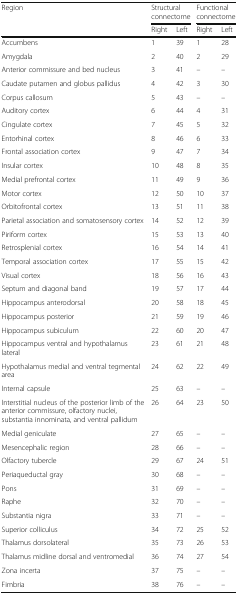
<table><thead><tr><td rowspan="2"><b>Region</b></td><td colspan="2"><b>Structural connectome</b></td><td colspan="2"><b>Functional connectome</b></td></tr><tr><td><b>Right</b></td><td><b>Left</b></td><td><b>Right</b></td><td><b>Left</b></td></tr></thead><tbody><tr><td>Accumbens</td><td>1</td><td>39</td><td>1</td><td>28</td></tr><tr><td>Amygdala</td><td>2</td><td>40</td><td>2</td><td>29</td></tr><tr><td>Anterior commissure and bed nucleus</td><td>3</td><td>41</td><td>–</td><td>–</td></tr><tr><td>Caudate putamen and globus pallidus</td><td>4</td><td>42</td><td>3</td><td>30</td></tr><tr><td>Corpus callosum</td><td>5</td><td>43</td><td>–</td><td>–</td></tr><tr><td>Auditory cortex</td><td>6</td><td>44</td><td>4</td><td>31</td></tr><tr><td>Cingulate cortex</td><td>7</td><td>45</td><td>5</td><td>32</td></tr><tr><td>Entorhinal cortex</td><td>8</td><td>46</td><td>6</td><td>33</td></tr><tr><td>Frontal association cortex</td><td>9</td><td>47</td><td>7</td><td>34</td></tr><tr><td>Insular cortex</td><td>10</td><td>48</td><td>8</td><td>35</td></tr><tr><td>Medial prefrontal cortex</td><td>11</td><td>49</td><td>9</td><td>36</td></tr><tr><td>Motor cortex</td><td>12</td><td>50</td><td>10</td><td>37</td></tr><tr><td>Orbitofrontal cortex</td><td>13</td><td>51</td><td>11</td><td>38</td></tr><tr><td>Parietal association and somatosensory cortex</td><td>14</td><td>52</td><td>12</td><td>39</td></tr><tr><td>Piriform cortex</td><td>15</td><td>53</td><td>13</td><td>40</td></tr><tr><td>Retrosplenial cortex</td><td>16</td><td>54</td><td>14</td><td>41</td></tr><tr><td>Temporal association cortex</td><td>17</td><td>55</td><td>15</td><td>42</td></tr><tr><td>Visual cortex</td><td>18</td><td>56</td><td>16</td><td>43</td></tr><tr><td>Septum and diagonal band</td><td>19</td><td>57</td><td>17</td><td>44</td></tr><tr><td>Hippocampus anterodorsal</td><td>20</td><td>58</td><td>18</td><td>45</td></tr><tr><td>Hippocampus posterior</td><td>21</td><td>59</td><td>19</td><td>46</td></tr><tr><td>Hippocampus subiculum</td><td>22</td><td>60</td><td>20</td><td>47</td></tr><tr><td>Hippocampus ventral and hypothalamus lateral</td><td>23</td><td>61</td><td>21</td><td>48</td></tr><tr><td>Hypothalamus medial and ventral tegmental area</td><td>24</td><td>62</td><td>22</td><td>49</td></tr><tr><td>Internal capsule</td><td>25</td><td>63</td><td>–</td><td>–</td></tr><tr><td>Interstitial nucleus of the posterior limb of the anterior commissure, olfactory nuclei, substantia innominata, and ventral pallidum</td><td>26</td><td>64</td><td>23</td><td>50</td></tr><tr><td>Medial geniculate</td><td>27</td><td>65</td><td>–</td><td>–</td></tr><tr><td>Mesencephalic region</td><td>28</td><td>66</td><td>–</td><td>–</td></tr><tr><td>Olfactory tubercle</td><td>29</td><td>67</td><td>24</td><td>51</td></tr><tr><td>Periaqueductal gray</td><td>30</td><td>68</td><td>–</td><td>–</td></tr><tr><td>Pons</td><td>31</td><td>69</td><td>–</td><td>–</td></tr><tr><td>Raphe</td><td>32</td><td>70</td><td>–</td><td>–</td></tr><tr><td>Substantia nigra</td><td>33</td><td>71</td><td>–</td><td>–</td></tr><tr><td>Superior colliculus</td><td>34</td><td>72</td><td>25</td><td>52</td></tr><tr><td>Thalamus dorsolateral</td><td>35</td><td>73</td><td>26</td><td>53</td></tr><tr><td>Thalamus midline dorsal and ventromedial</td><td>36</td><td>74</td><td>27</td><td>54</td></tr><tr><td>Zona incerta</td><td>37</td><td>75</td><td>–</td><td>–</td></tr><tr><td>Fimbria</td><td>38</td><td>76</td><td>–</td><td>–</td></tr></tbody></table>